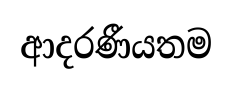
ආදරණීයතම